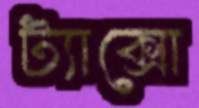
ট্যাক্সো